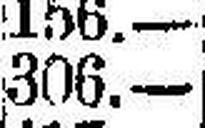
306.—